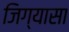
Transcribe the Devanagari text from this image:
जिग्यासा